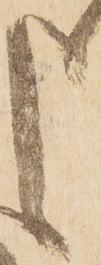
申